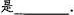
是___.